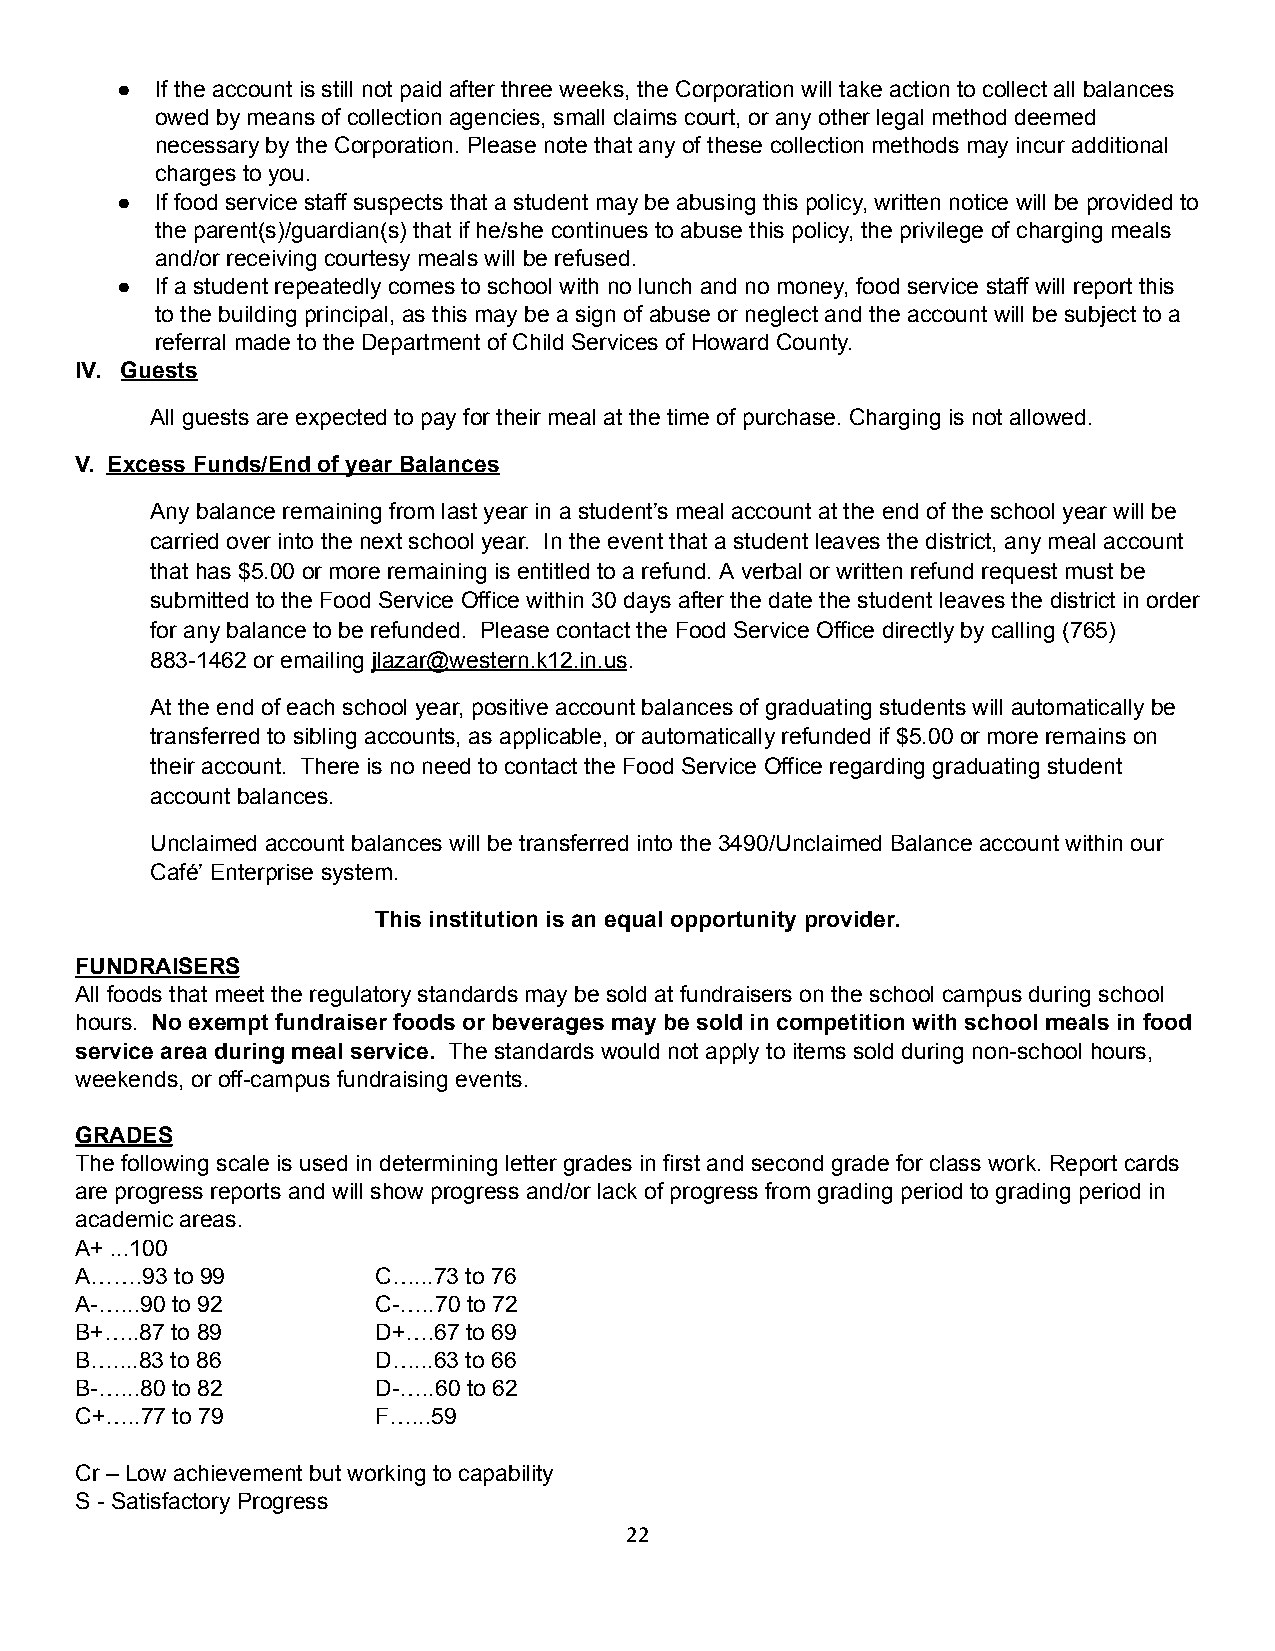
● If the account is still not paid after three weeks, the Corporation will take action to collect all balances
 owed by means of collection agencies, small claims court, or any other legal method deemed
 necessary by the Corporation. Please note that any of these collection methods may incur additional
 charges to you.
 ● If food service staff suspects that a student may be abusing this policy, written notice will be provided to
 the parent(s)/guardian(s) that if he/she continues to abuse this policy, the privilege of charging meals
 and/or receiving courtesy meals will be refused.
 ● If a student repeatedly comes to school with no lunch and no money, food service staff will report this
 to the building principal, as this may be a sign of abuse or neglect and the account will be subject to a
 referral made to the Department of Child Services of Howard County.
 IV. Guests
 All guests are expected to pay for their meal at the time of purchase. Charging is not allowed.
 V. Excess Funds/End of year Balances
 Any balance remaining from last year in a student’s meal account at the end of the school year will be
 carried over into the next school year. In the event that a student leaves the district, any meal account
 that has $5.00 or more remaining is entitled to a refund. A verbal or written refund request must be
 submitted to the Food Service Office within 30 days after the date the student leaves the district in order
 for any balance to be refunded. Please contact the Food Service Office directly by calling (765)
 883-1462 or emailing jlazar@western.k12.in.us.
 At the end of each school year, positive account balances of graduating students will automatically be
 transferred to sibling accounts, as applicable, or automatically refunded if $5.00 or more remains on
 their account. There is no need to contact the Food Service Office regarding graduating student
 account balances.
 Unclaimed account balances will be transferred into the 3490/Unclaimed Balance account within our
 Café’ Enterprise system.
 This institution is an equal opportunity provider.
 FUNDRAISERS
 All foods that meet the regulatory standards may be sold at fundraisers on the school campus during school
 hours. No exempt fundraiser foods or beverages may be sold in competition with school meals in food
 service area during meal service. The standards would not apply to items sold during non-school hours,
 weekends, or off-campus fundraising events.
 GRADES
 The following scale is used in determining letter grades in first and second grade for class work. Report cards
 are progress reports and will show progress and/or lack of progress from grading period to grading period in
 academic areas.
 A+ ...100
 A…….93 to 99        C…...73 to 76
 A-…...90 to 92      C-…..70 to 72
 B+…..87 to 89       D+….67 to 69
 B…....83 to 86      D…...63 to 66
 B-…...80 to 82      D-…..60 to 62
 C+…..77 to 79       F…...59
 Cr – Low achievement but working to capability
 S - Satisfactory Progress
 22